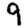
Digit: 9